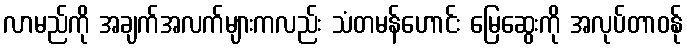
လာမည်ကို အချက်အလက်များကလည်း သံတမန်ဟောင်း မြေဆွေးကို အလုပ်တာဝန်ု